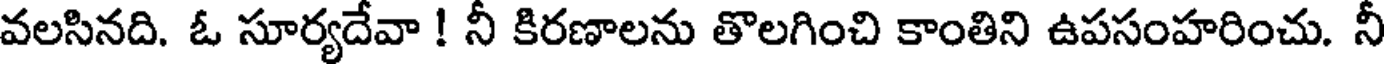
వలసినది. ఓ సూర్యదేవా ! నీ కిరణాలను తొలగించి కాంతిని ఉపసంహరించు. నీ